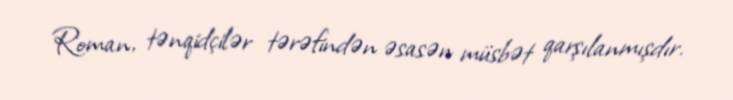
Roman, tənqidçilər tərəfindən əsasən müsbət qarşılanmışdır.